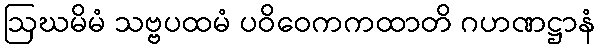
ဩဃမိမံ သဗ္ဗပထမံ ပဝိဝေကကထာတိ ဂဟဏဋ္ဌာနံ